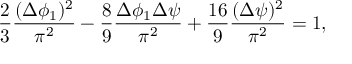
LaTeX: \frac { 2 } { 3 } \frac { ( \Delta \phi _ { 1 } ) ^ { 2 } } { \pi ^ { 2 } } - \frac { 8 } { 9 } \frac { \Delta \phi _ { 1 } \Delta \psi } { \pi ^ { 2 } } + \frac { 1 6 } { 9 } \frac { ( \Delta \psi ) ^ { 2 } } { \pi ^ { 2 } } = 1 ,